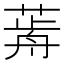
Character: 𦷱